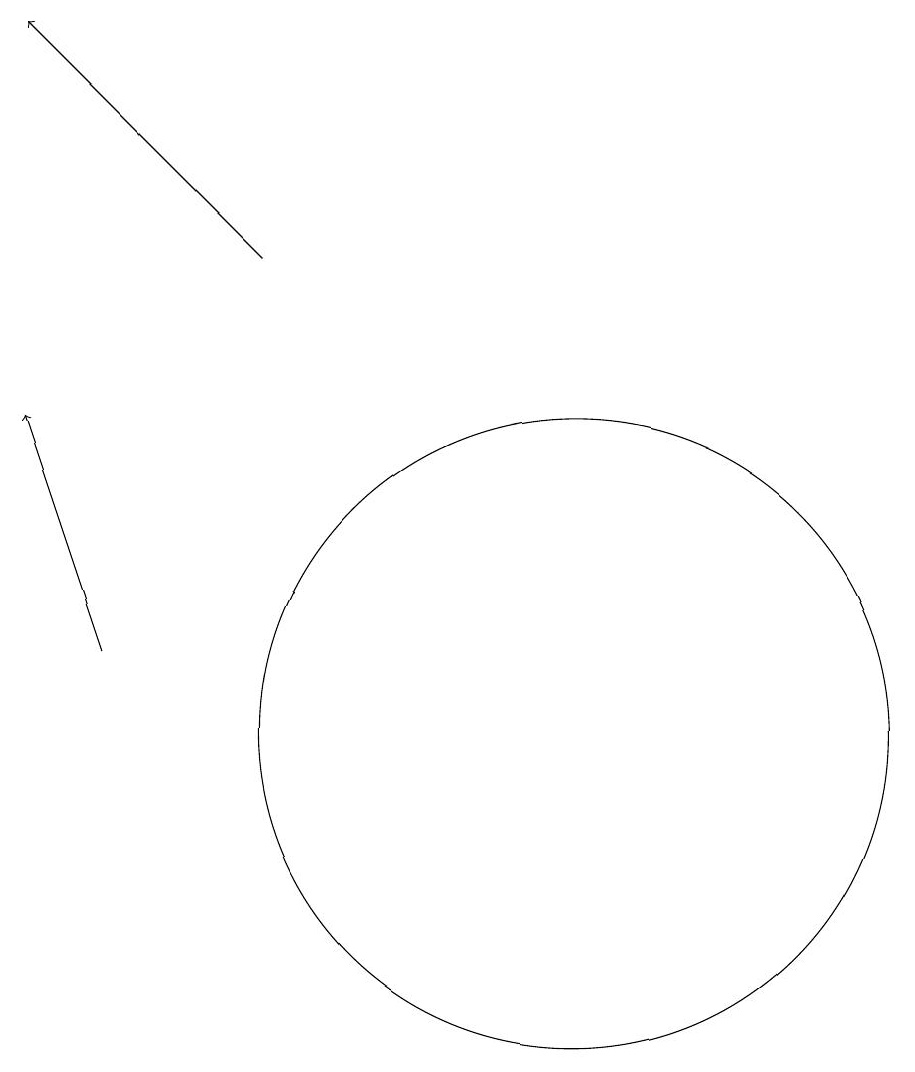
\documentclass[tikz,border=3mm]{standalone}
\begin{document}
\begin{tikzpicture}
\draw[->] (6,11) -- (5,14);
\draw[->] (8,16) -- (5,19);
\draw (12,10) circle (4);
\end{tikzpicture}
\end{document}